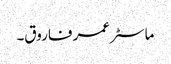
ماسٹر عمر فاروق۔